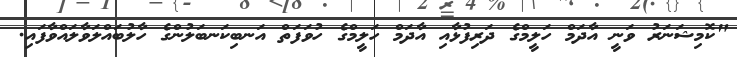
"ކޮމިޝަނަރު ވަނީ އާދަމް ހަލީމްގެ ދަރިފުޅާއި އާދަމް ހަލީމްގެ ހުވަފަތް އަނބިކަނބަލުންގެ ހާލުބައްލަވާލައްވާފައި.